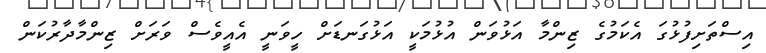
އިސްތަށިފުޅުގަ އެކަމުގެ ޒިންމާ އަޅުވަން އުޅުމަކީ އަޅުގަނޑަށް ހީވަނީ އެއީވެސް ވަރަށް ޒިންމާދާރުކަން